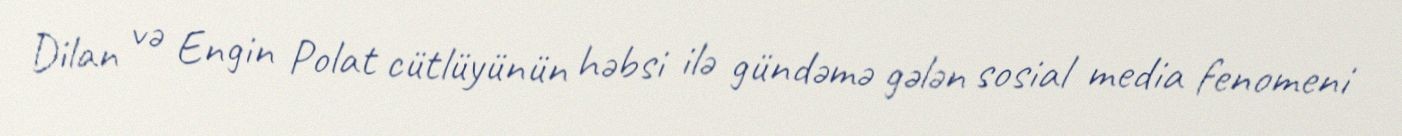
Dilan və Engin Polat cütlüyünün həbsi ilə gündəmə gələn sosial media fenomeni